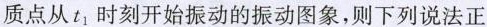
质点从t_{1}时刻开始振动的振动图象，则下列说法正